Calcutta medical institutions reports 1871-78
Year: 1871
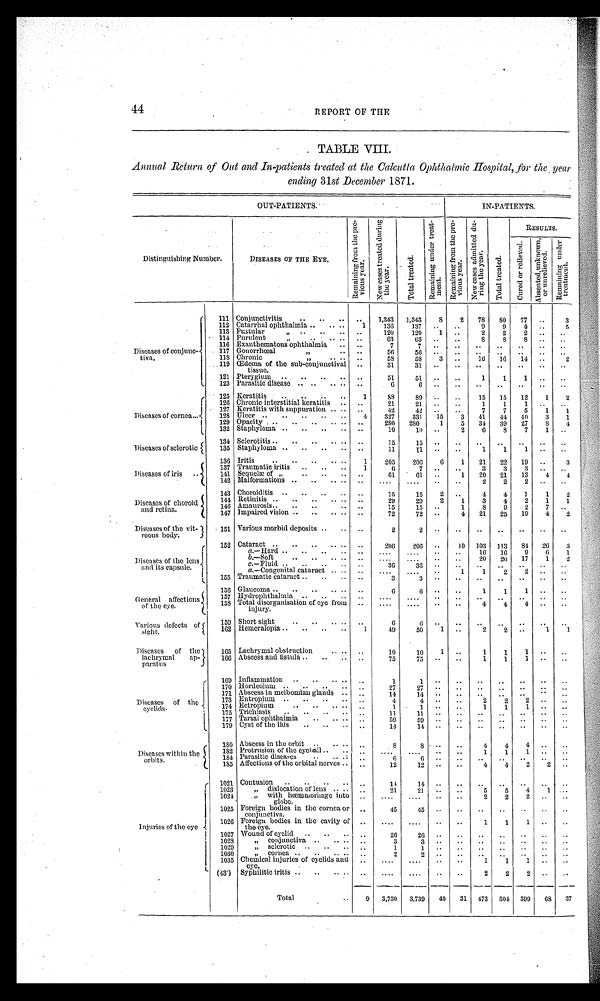
44
REPORT OF THE
TABLE VIII.
Annual Return of Out and In-patients treated at the Calcutta Ophthalmic Hospital, for the year
ending 31st December 1871.
OUT-PATIENTS.
IN-PATIENTS.
Distinguishing Number.
DISEASES OF THE EYE.
R e m a i n i n g f r o m t h e p r e -
v i o u s y e a r .
N e w c a s e s t r e a t e d d u r i n g
t h e y e a r .
T o t a l t r e a t e d .
R e m a i n i n g u n d e r t r e a t -
m e n t . R e m a i n i n g f r o m t h e p r e -
v i o u s y e a r .
N e w c a s e s a d m i t t e d d u -
r i n g t h e y e a r .
T o t a l t r e a t e d .
RESULTS.
C u r e d o r r e l i e v e d .
A b s e n t e d , u n k n o w n ,
o r u n r e l i e v e d .
R e m a i n i n g u n d e r
t r e a t m e n t .
Diseases of conjunc-
tiva.
111 Conjunctivitis
..
.. ..
. . 1,343 1,343
8
2 78
8 0 77
. .
3
112 Catarrhal ophthalmia .. .. ..
1
136
137 . .
..
9
9
4 ..
5
113 Pustular "
. . .. ..
. . 120
120
1 ..
2
2
2
. .
. .
114 Purulent "
. .
. .
..
. .
63
63
. . ..
8
8
8
..
..
116 Exanthematous ophthalmia .. ..
7
7
. .
. .
. .
..
. .
. . ..
117 Gonorrhœal "
.. ..
56
5 6
. .
. .
. .
..
. .
. .
. .
118 Chronic "
. . .. ..
58
58
3 ..
16 16 14 ..
2
119 Œdema of the sub-conjunctival
tissue.
..
31
31
. .
. .
. .
.. ..
..
..
121 Pterygium .. .. .. .. ..
51
51
. . ..
1
1
1 ..
..
123 Parasitic disease .. .. .. .. ..
6
6
. .
. .
. .
..
. .
. . ..
Diseases of cornea...
125 Keratitis .. .. .. ..
1
88
89
. . ..
15 15 12
1
2
126 Chronic interstitial keratitis .. ..
21
21 ..
..
1
1
1 ..
..
127 Keratitis with suppuration .. .. ..
42
42
. .
. .
7
7
5
1
1
128 Ulcer .. .. .. .. ..
4
327
331 15
3 41 44 40
3
1
129 Opacity .. .. .. .. .. ..
280 280
1
5 34 39 27
8
4
132 Staphyloma .. .. .. .. ..
10
10 ..
2
6
8
7
1 ..
Diseases of sclerotic
1 3 4 Sclerotitis .. .. ..
. . .. ..
15 15
. .
. .
. .
..
. .
. . . .
135 Staphyloma .. .. .. ..
. .
11
11 ..
..
1
1
1 ..
..
Diseases of iris ..
136
Iritis
.. .. .. .. ..
1
205
206
6
1 21 22 19 ..
3
137 Traumatic iritis .. .. ..
1
6
7
. .
. . 3
3
3 ..
. .
141 Sequelæ of " .. .. .. ..
61
6 1 ..
1 20 21 13
4
4
142 Malformations .. .. .. ..
. . ....
....
. . ..
2
2
2 ..
..
Diseases of choroid
and retina.
143 Choroiditis .. .. .. .. ..
15
15
2 ..
4
4
1
1
2
144 Retinitis . . .. .. .. .. ..
29
29
2
1 3
4
2
1
1
146 Amaurosis .. .. ..
.
. ..
15
15 ..
1
8
9
2
7 ..
147 Impaired vision .. .. .. ..
. .
72
72 ..
4 21 25 19
4
2
Diseases of the vit-
reous body.
151 Various morbid deposits .. .. ..
2 2
. .
. .
. .
..
. .
. .
. .
Diseases of the lens
and its capsule.
152 Cataract .. .. .. .. .. ..
206
206 ..
10 103 113 84 26
3
a.—Hard .. .. .. .. ..
....
....
. .
. . 16 16
9
6
1
b.—Soft
.. .. .. .. ..
....
. . . . ..
..
20 20 17
1
2
c. —Fluid .. .. .. .. ..
36 36
..
. .
. .
..
. .
. .
. .
a.—Congenital cataract .. .. ..
....
....
..
1
1
2
2 ..
..
155 Traumatic cataract . . .. .. ..
3
3
. .
. .
. .
..
. .
. .
. .
General affections
of the eye.
156 Glaucoma .. .. .. .. .. ..
6 6
. .
. . 1
1
1 ..
..
157 Hydrophthalmia .. .. ..
. . ....
....
..
..
. .
..
..
..
..
158 Total disorganisation of eye from
injury.
..
....
....
..
..
4
4
4 . .
..
Various defects of
sight.
159 Short sight
. .
. .
. .
.. ..
6 6
. .
. .
. .
..
. .
. .
. .
162 Hemeralopia .. .. .. ..
1
4 9
50
1
. .
2
2 ..
1
1
Diseases of the
lachrymal ap-
paratus
165 Lachrymal obstruction
.. .. ..
10 10
1 ..
1
1
1 . .
..
166 Abscess and fistula .. .. .. ..
75
75 ..
..
1
1
1
. .
..
Diseases of the
eyelids.
169 Inflammation .. .. .. .. ..
1 1
. .
. .
. .
..
..
..
. .
170 Hordeolum .. .. .. .. ..
27
27
. .
. .
. . ..
. .
. .
. .
171 Abscess in meibomian glands .. ..
14 14
. .
. .
. . ..
. .
. .
. .
173 Entropium .. .. .. .. ..
4
4
. .
..
2
2
2 . .
. .
174 E c t r o p i u m
.. .. .. .. ..
1
1 . .
. .
1
1
1 . .
..
175 Trichiasis .. .. .. .. ..
11 11
. .
. .
. .
..
. .
. .
. .
177 Tarsal ophthalmia
.. .. .. ..
59 59
. .
. .
. .
..
. .
. .
. .
179 Cyst of the lids .. .. ..
. .
14 14
. .
. .
. .
..
. .
. .
. .
Diseases within the
orbits.
1 8 0 Abscess in the orbit .. .. .. ..
8 8
. .
. .
4
4 4
..
..
1 8 2 Protrusion of the eyeball .. .. ..
....
....
..
..
1
1
1 ..
..
184 Parasitic diseases
.. .. ..
. .
6
6 ..
. .
..
..
..
. .
. .
185 Affections of the orbital nerves .. ..
12
12 ..
..
4
4
2
2 ..
Injuries of the eye
1021 Contusion
. .
. . .. .. ..
14 14
..
..
..
..
..
..
..
1023
" dislocation of lens .. .. ..
21
21
. . ..
5
5
4
1 ..
1024
" with hœmmorhage into
globe.
..
....
....
. .
. .
2
2 2
..
..
1025 Foreign bodies in the cornea or
conjunctiva.
. .
45
45 ..
..
..
..
..
..
..
1026 Foreign bodies in the cavity of
the eye.
..
....
....
..
..
1
1
1 ..
..
1027 Wound of ey elid .. .. .. ..
26
26 ..
..
..
..
..
..
..
1028
" conjunctiva . . .. .. ..
3 3
. .
. . ..
..
..
..
..
1029
" sclerotic .. .. .. ..
1 1
. .
. .
. .
..
. .
. .
. .
1030
" cornea .. .. .. .. ..
2
2
. .
. .
. .
..
. .
. .
. .
1035 Chemical injuries of eyelids and
. . ....
....
. .
1
1
1 ..
..
(43') Syphilitic iritis .. .. .. .. ..
.... ....
..
..
2
2
2 ..
..
Total
..
9 3,730 3,739 40 31 473 504 399 68 37